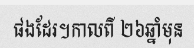
ផងដែរ។កាលពី ២៦ឆ្នាំមុន